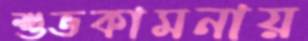
শুভকামনায়